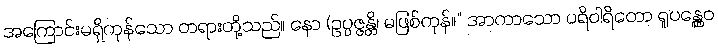
အကြောင်းမရှိကုန်သော တရားတို့သည်။ နော (ဥပ္ပဇ္ဇန္တိ၊ မဖြစ်ကုန်။” အာကာသော ပရိဝါရိတော ရူပန္တွေဝ